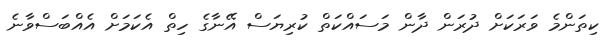
ކިތަންމެ ވަރަކަށް ދުރަން ދާން މަސައްކަތް ކުރިޔަސް އޭނާގެ ހިތް އެކަމަށް އެއްބަސްވާނެ